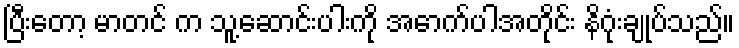
ပြီးတော့ မာတင် က သူ့ဆောင်းပါးကို အောက်ပါအတိုင်း နိဂုံးချုပ်သည်။